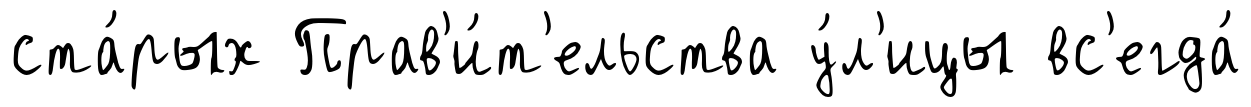
ста́рых Прав'и́т'ельства у́л'ицы вс'егда́